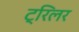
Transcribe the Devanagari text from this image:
ट्रिलर